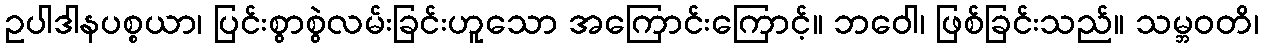
ဥပါဒါနပစ္စယာ၊ ပြင်းစွာစွဲလမ်းခြင်းဟူသော အကြောင်းကြောင့်။ ဘဝေါ၊ ဖြစ်ခြင်းသည်။ သမ္ဘဝတိ၊